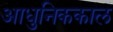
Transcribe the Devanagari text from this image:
आधुनिककाल